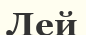
Лей